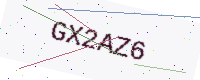
Text: GX2AZ6